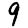
Digit: 9